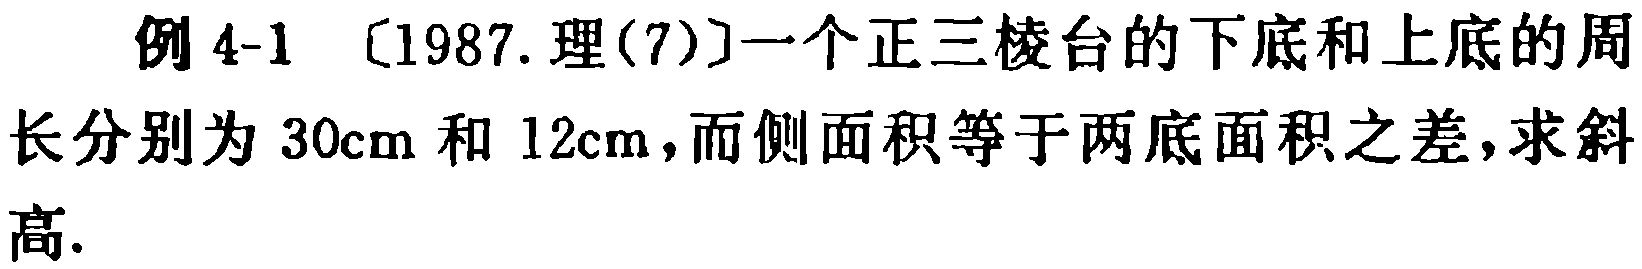
例 4-1 [1987.理(7)]一个正三棱台的下底和上底的周长分别为 \(30\mathrm{cm}\) 和 \(12\mathrm{cm}\)，而侧面积等于两底面积之差，求斜高.